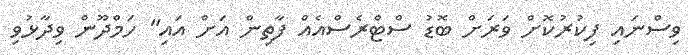
ވިސްނައި ފިކުރުކޮށް ވަރަށް ބޮޑު ސްްޓްރެސްއެއް ފާތިން އަށް އައި" ހަމްދޫން ވިދާޅުވި